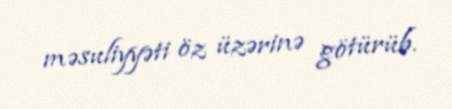
məsuliyyəti öz üzərinə götürüb.